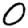
Digit: 0